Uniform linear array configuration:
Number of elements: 48
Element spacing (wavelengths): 0.5
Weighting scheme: blackman
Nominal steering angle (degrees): -30
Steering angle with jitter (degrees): -30.384
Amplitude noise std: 0.05
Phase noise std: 0.05

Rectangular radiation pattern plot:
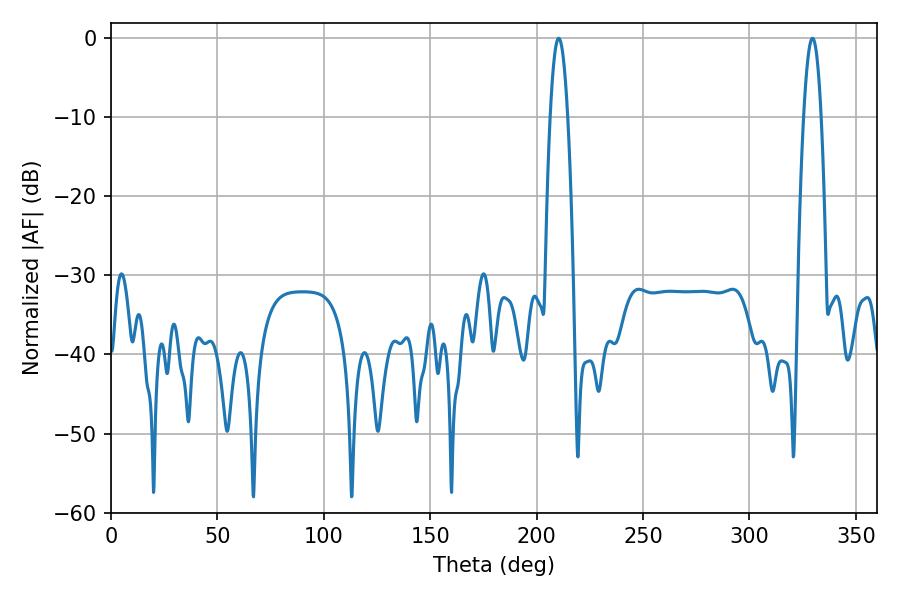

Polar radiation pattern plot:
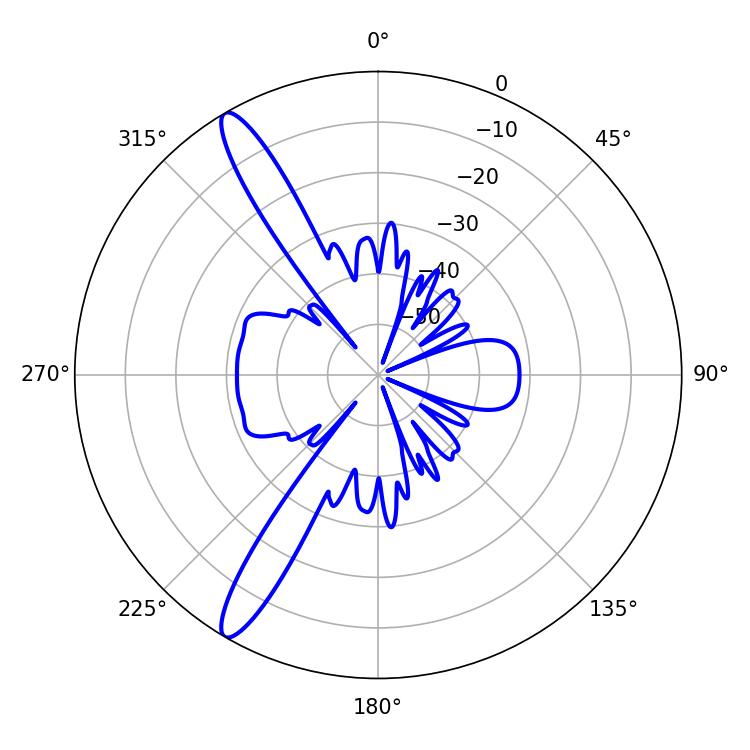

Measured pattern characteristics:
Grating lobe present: FALSE
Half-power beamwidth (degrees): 4.5
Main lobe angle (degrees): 210.42